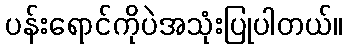
ပန်းရောင်ကိုပဲအသုံးပြုပါတယ်။